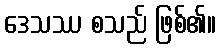
ဒေသဿ စသည် ဖြစ်၏။